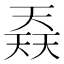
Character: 𡙎